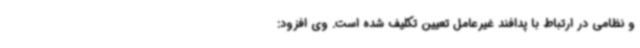
و نظامی در ارتباط با پدافند غیرعامل تعیین تکلیف شده است. وی افزود: